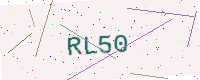
Text: RL50